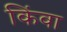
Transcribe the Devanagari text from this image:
किंवा